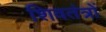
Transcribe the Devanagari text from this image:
शिवतंत्रों